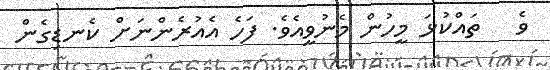
ވެ   ތައްކުޅަ މީހުން މެނުވީއެވެ. ފަހެ އެއުރެންނަށް ކެނޑިގެން